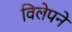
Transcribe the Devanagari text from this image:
विलेपने